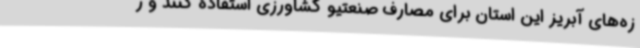
زه‌های آبریز این استان برای مصارف صنعتیو کشاورزی استفاده کنند و ر